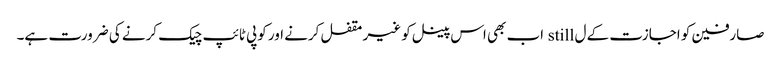
صارفین کو اجازت کے ل still اب بھی اس پینل کو غیر مقفل کرنے اور کوپی ٹائپ چیک کرنے کی ضرورت ہے۔